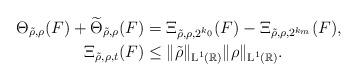
LaTeX: \begin{align*}\Theta_{\tilde{\rho},\rho}(F) + \widetilde{\Theta}_{\tilde{\rho},\rho}(F) & = \Xi_{\tilde{\rho},\rho, 2^{k_0}}(F) - \Xi_{\tilde{\rho},\rho, 2^{k_m}}(F), \\\Xi_{\tilde{\rho},\rho,t}(F) & \leq \|\tilde{\rho}\|_{\textup{L}^1(\mathbb{R})}\|\rho\|_{\textup{L}^1(\mathbb{R})}. \end{align*}